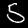
Digit: 5